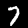
Digit: 7